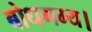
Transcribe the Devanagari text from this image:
बोधगम्य।